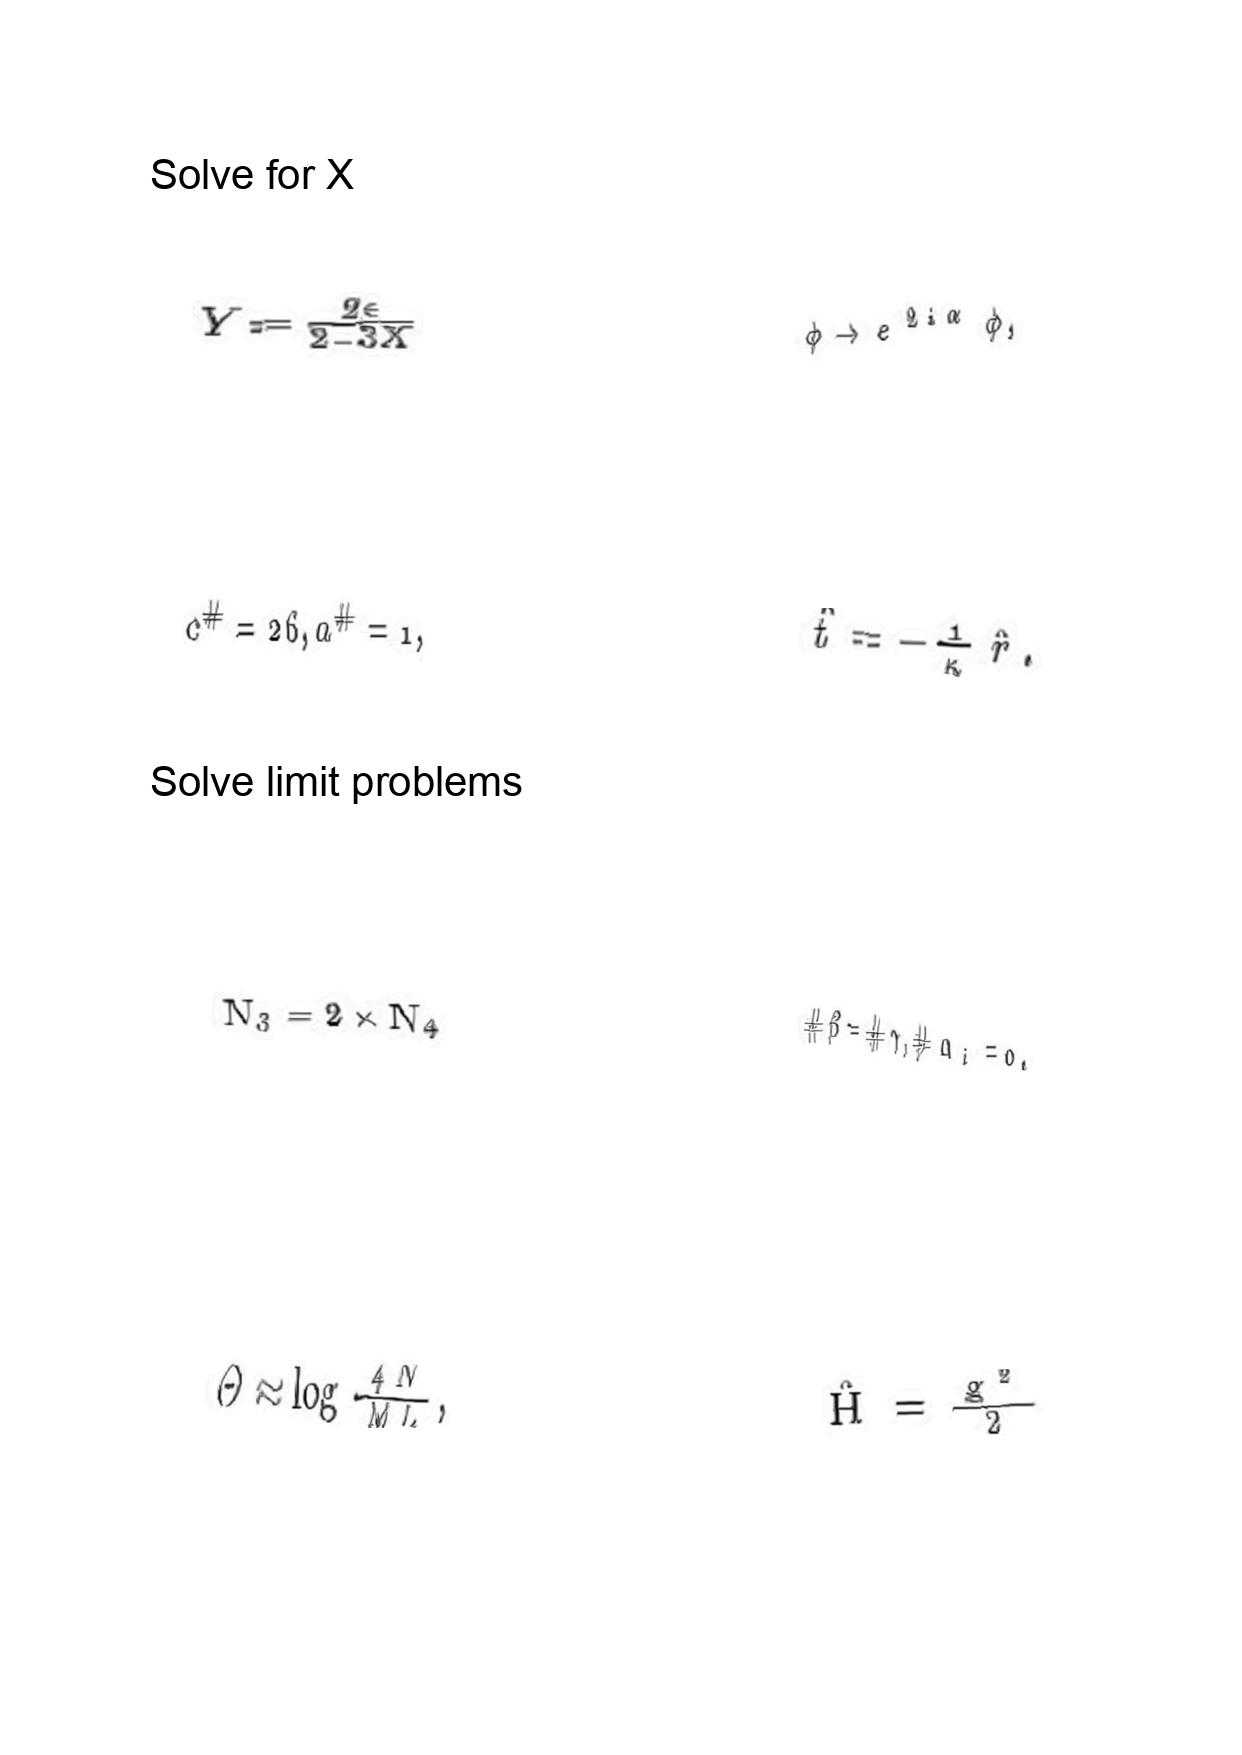
LaTeX transcription:
Y = \frac { 2 \epsilon } { 2 - 3 X }
c ^ { \# } = 2 6 , a ^ { \# } = 1 ,
N _ { 3 } = 2 \times N _ { 4 }
\Theta \approx \log \frac { 4 N } { M L } ,
\phi \rightarrow e ^ { 2 i \alpha } \phi ,
\hat { t } = - \frac { 1 } { \kappa } \hat { r } .
\# \beta = \# \gamma , \# \alpha _ { i } = 0 .
\hat { H } = \frac { g ^ { 2 } } { 2 }